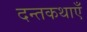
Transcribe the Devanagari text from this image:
दन्तकथाएँ